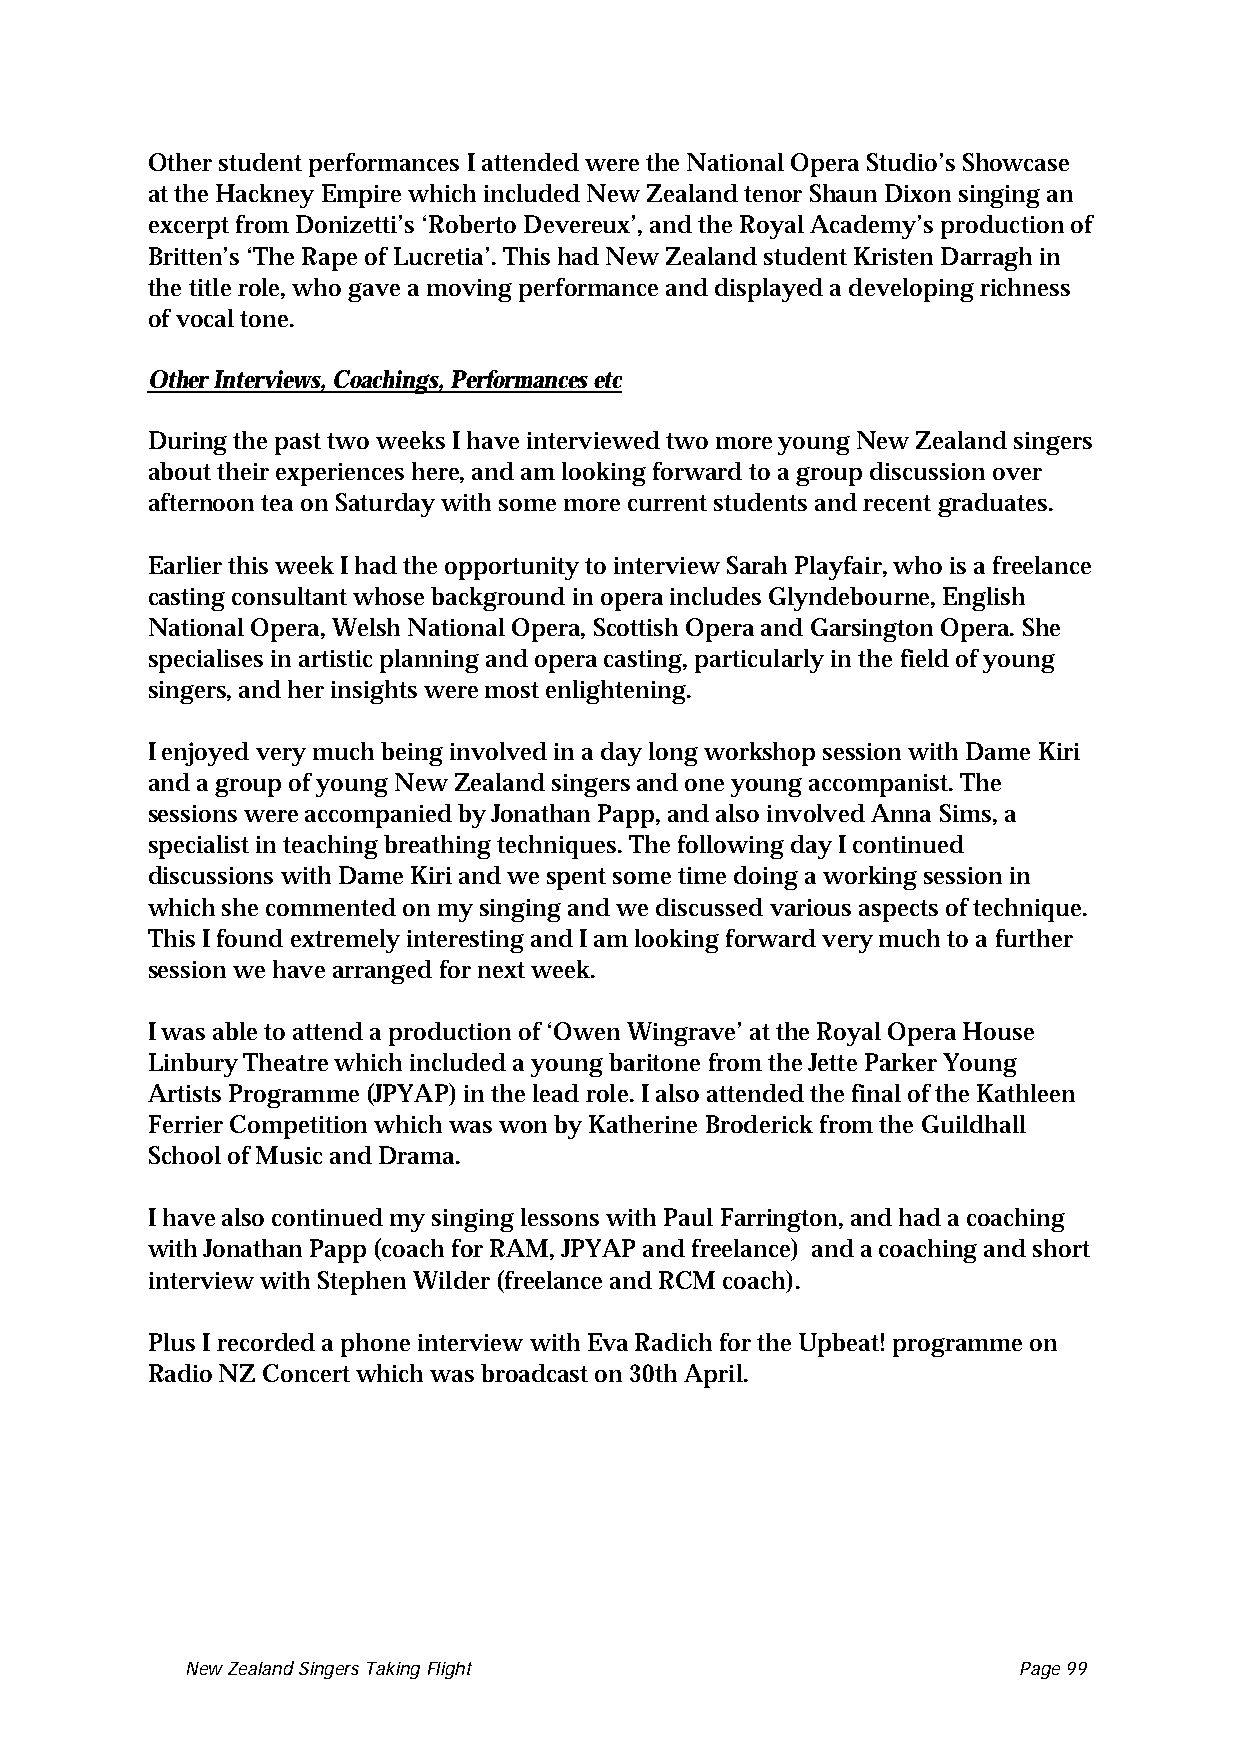
Other student performances I attended were the National Opera Studio’s Showcase
 at the Hackney Empire which included New Zealand tenor Shaun Dixon singing an
 excerpt from Donizetti’s ‘Roberto Devereux’, and the Royal Academy’s production of
 Britten’s ‘The Rape of Lucretia’. This had New Zealand student Kristen Darragh in
 the title role, who gave a moving performance and displayed a developing richness
 of vocal tone.
 Other Interviews, Coachings, Performances etc
 During the past two weeks I have interviewed two more young New Zealand singers
 about their experiences here, and am looking forward to a group discussion over
 afternoon tea on Saturday with some more current students and recent graduates.
 Earlier this week I had the opportunity to interview Sarah Playfair, who is a freelance
 casting consultant whose background in opera includes Glyndebourne, English
 National Opera, Welsh National Opera, Scottish Opera and Garsington Opera. She
 specialises in artistic planning and opera casting, particularly in the field of young
 singers, and her insights were most enlightening.
 I enjoyed very much being involved in a day long workshop session with Dame Kiri
 and a group of young New Zealand singers and one young accompanist. The
 sessions were accompanied by Jonathan Papp, and also involved Anna Sims, a
 specialist in teaching breathing techniques. The following day I continued
 discussions with Dame Kiri and we spent some time doing a working session in
 which she commented on my singing and we discussed various aspects of technique.
 This I found extremely interesting and I am looking forward very much to a further
 session we have arranged for next week.
 I was able to attend a production of ‘Owen Wingrave’ at the Royal Opera House
 Linbury Theatre which included a young baritone from the Jette Parker Young
 Artists Programme (JPYAP) in the lead role. I also attended the final of the Kathleen
 Ferrier Competition which was won by Katherine Broderick from the Guildhall
 School of Music and Drama.
 I have also continued my singing lessons with Paul Farrington, and had a coaching
 with Jonathan Papp (coach for RAM, JPYAP and freelance) and a coaching and short
 interview with Stephen Wilder (freelance and RCM coach).
 Plus I recorded a phone interview with Eva Radich for the Upbeat! programme on
 Radio NZ Concert which was broadcast on 30th April.
 New Zealand Singers Taking Flight Page 99